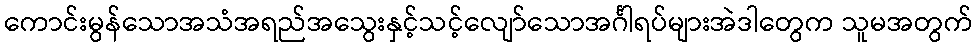
ကောင်းမွန်သောအသံအရည်အသွေးနှင့်သင့်လျော်သောအင်္ဂါရပ်များအဲဒါတွေက သူမအတွက်